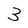
Character: 3